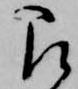
被